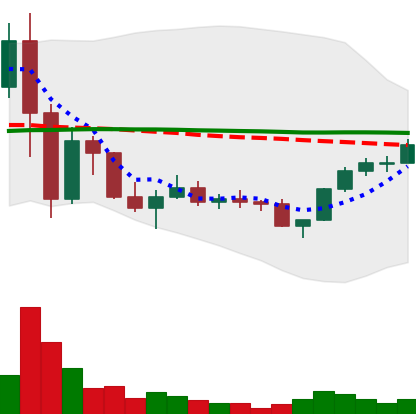
Ticker: LINK-USD
Chart end date: 2022-11-26
Forward return: 7.563%
Label: up_7plus